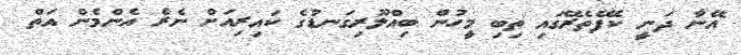
އޭނާ ދަނީ ކެފޭތެރޭގައި ތިބި މީހުން ބިއްލޫރިގަނޑުގެ ކައިރިއަށް ނެރެ އެންމެން އަތް